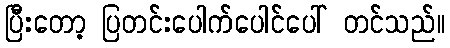
ပြီးတော့ ပြတင်းပေါက်ပေါင်ပေါ် တင်သည်။